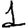
Digit: 1